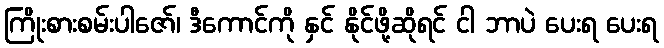
ကြိုးစားစမ်းပါဇော်၊ ဒီကောင်ကို နှင် နိုင်ဖို့ဆိုရင် ငါ ဘာပဲ ပေးရ ပေးရ